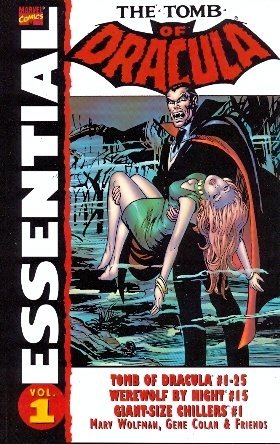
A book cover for Essential Tomb of Dracula, Vol. 1 (Marvel Essentials) (v. 1); Marv Wolfman; Comics & Graphic Novels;